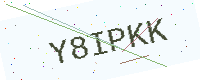
Text: Y8IPKK